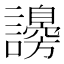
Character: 𧭮